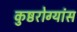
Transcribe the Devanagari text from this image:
कुष्ठरोग्यांस